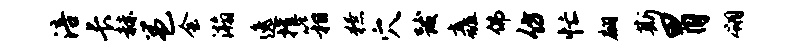
涪长赫邕会瀚逸摧箱獠穴跋矗佛仿忙翩斯胃翎